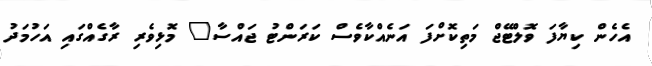
އެހެން ކިޔާފަ ވޮލްޓޭޖް މަތިކޮށްފަ އަނެއްކާވެސް ކަރަންޓު ޖައްސާ" މޮޅިވެރި ރާގެއްގައި އަހުމަދު